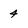
Character: 4